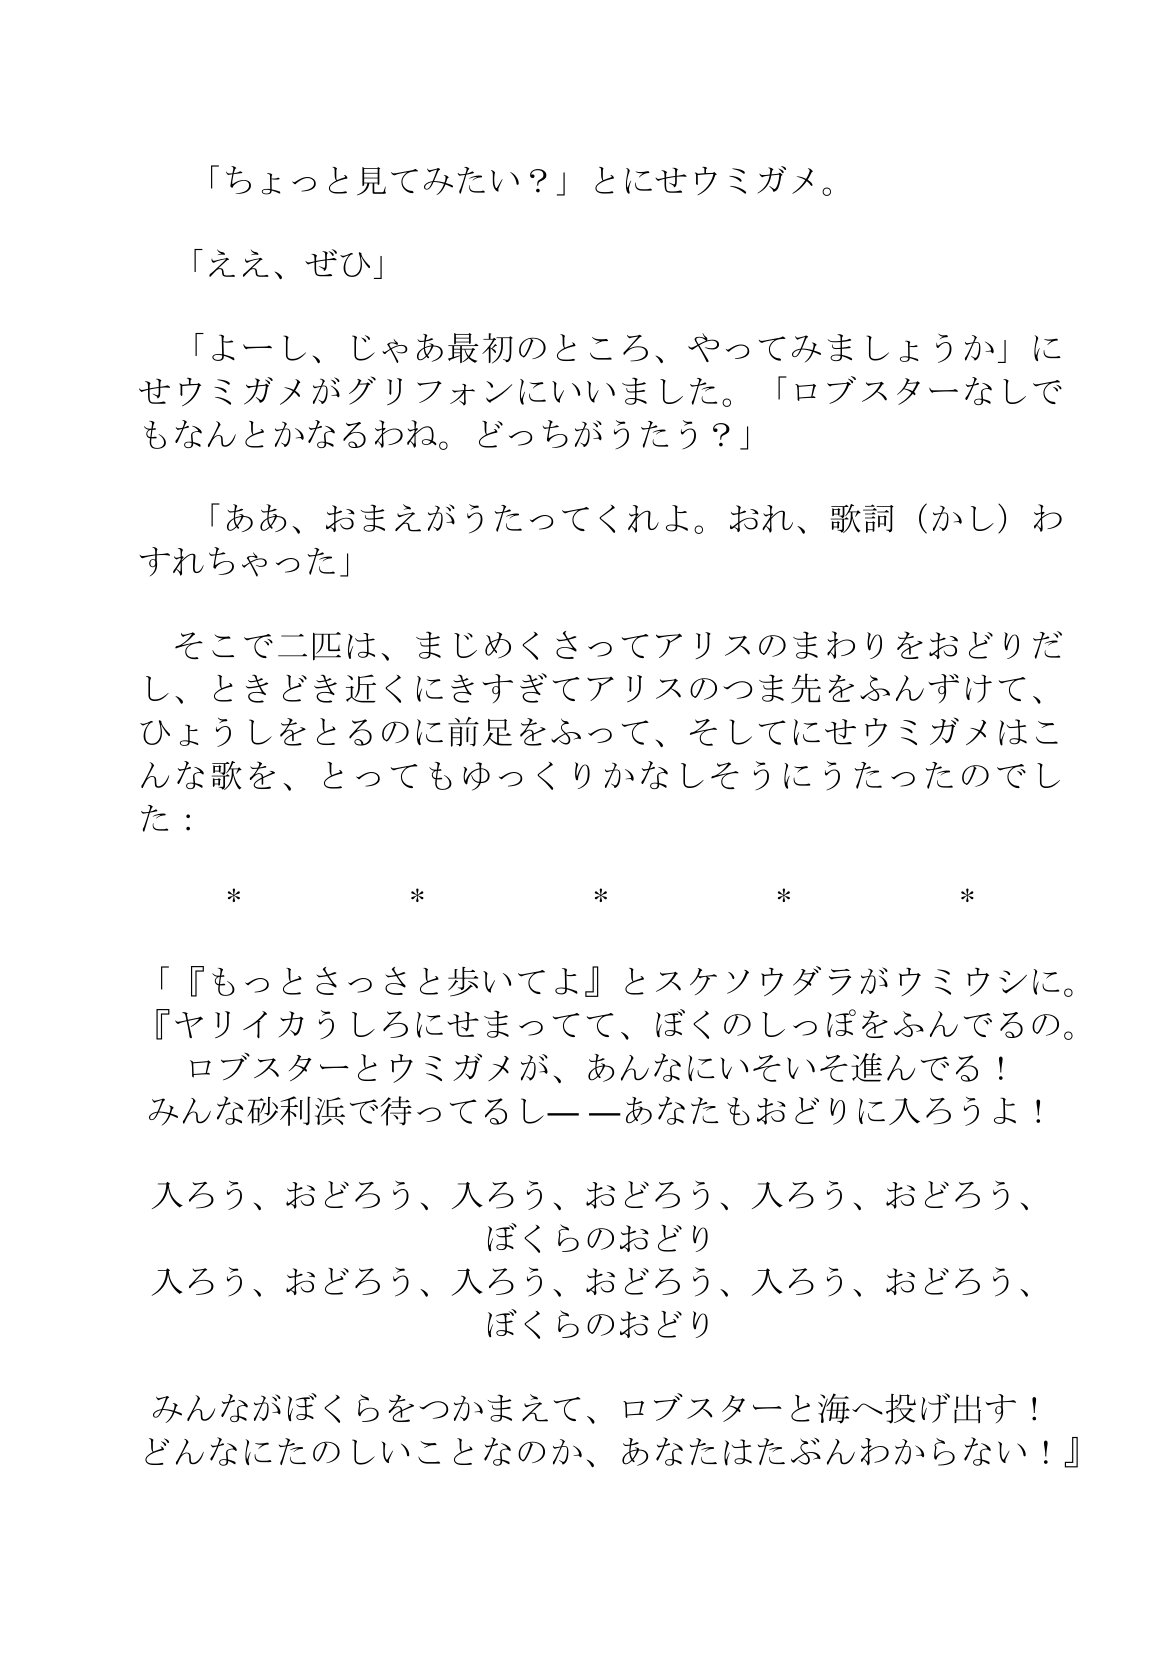
Language: ja